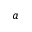
a